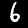
Digit: 6